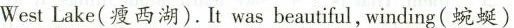
WestLake(瘦西湖).It was beautiful,winding(蜿蜒)